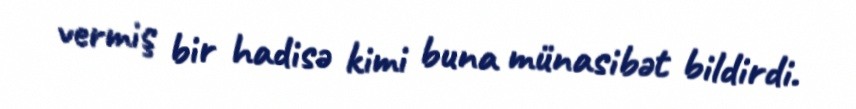
vermiş bir hadisə kimi buna münasibət bildirdi.